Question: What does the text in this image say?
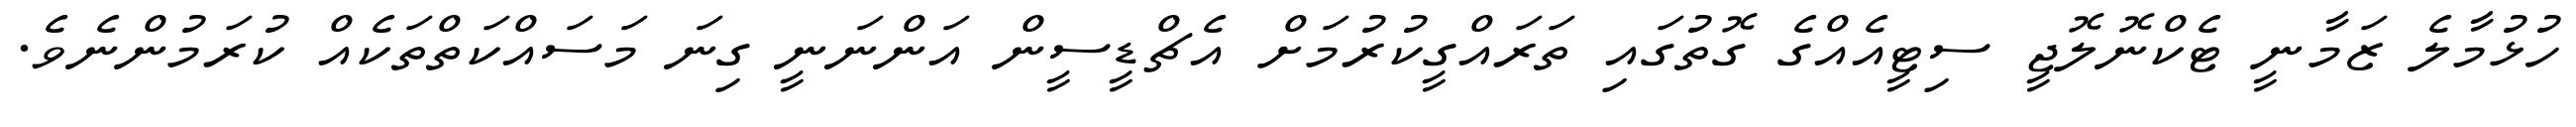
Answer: ހުޅުމާލެ ޒަމާނީ ޓެކްނޮލޮޖީ ސިޓީއެއްގެ ގޮތުގައި ތަރައްގީކުރުމަށް އެޗްޑީސީން އަންނަނީ ގިނަ މަސައްކަތްތަކެއް ކުރަމުންނެވެ.